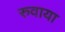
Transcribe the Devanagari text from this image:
रुवाया